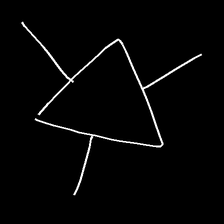
Glyph: fire